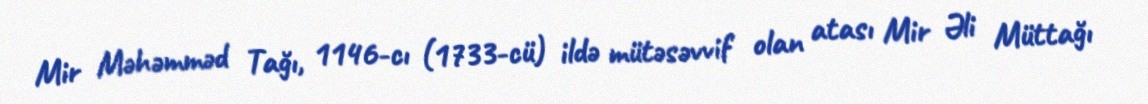
Mir Məhəmməd Tağı, 1146-cı (1733-cü) ildə mütəsəvvif olan atası Mir Əli Müttağı